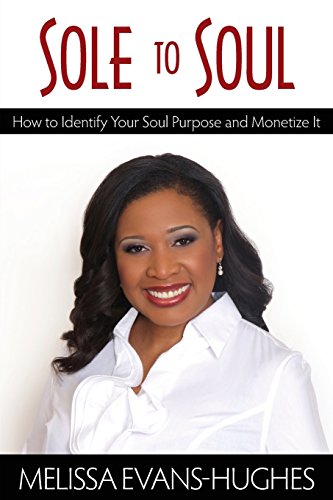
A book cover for Sole to Soul: How to Identify Your Soul Purpose and Monetize It; Melissa Evans - Hughes; Self-Help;